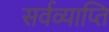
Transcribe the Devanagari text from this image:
सर्वव्याप्ति